Kohila_vallavalitsus, lk 7
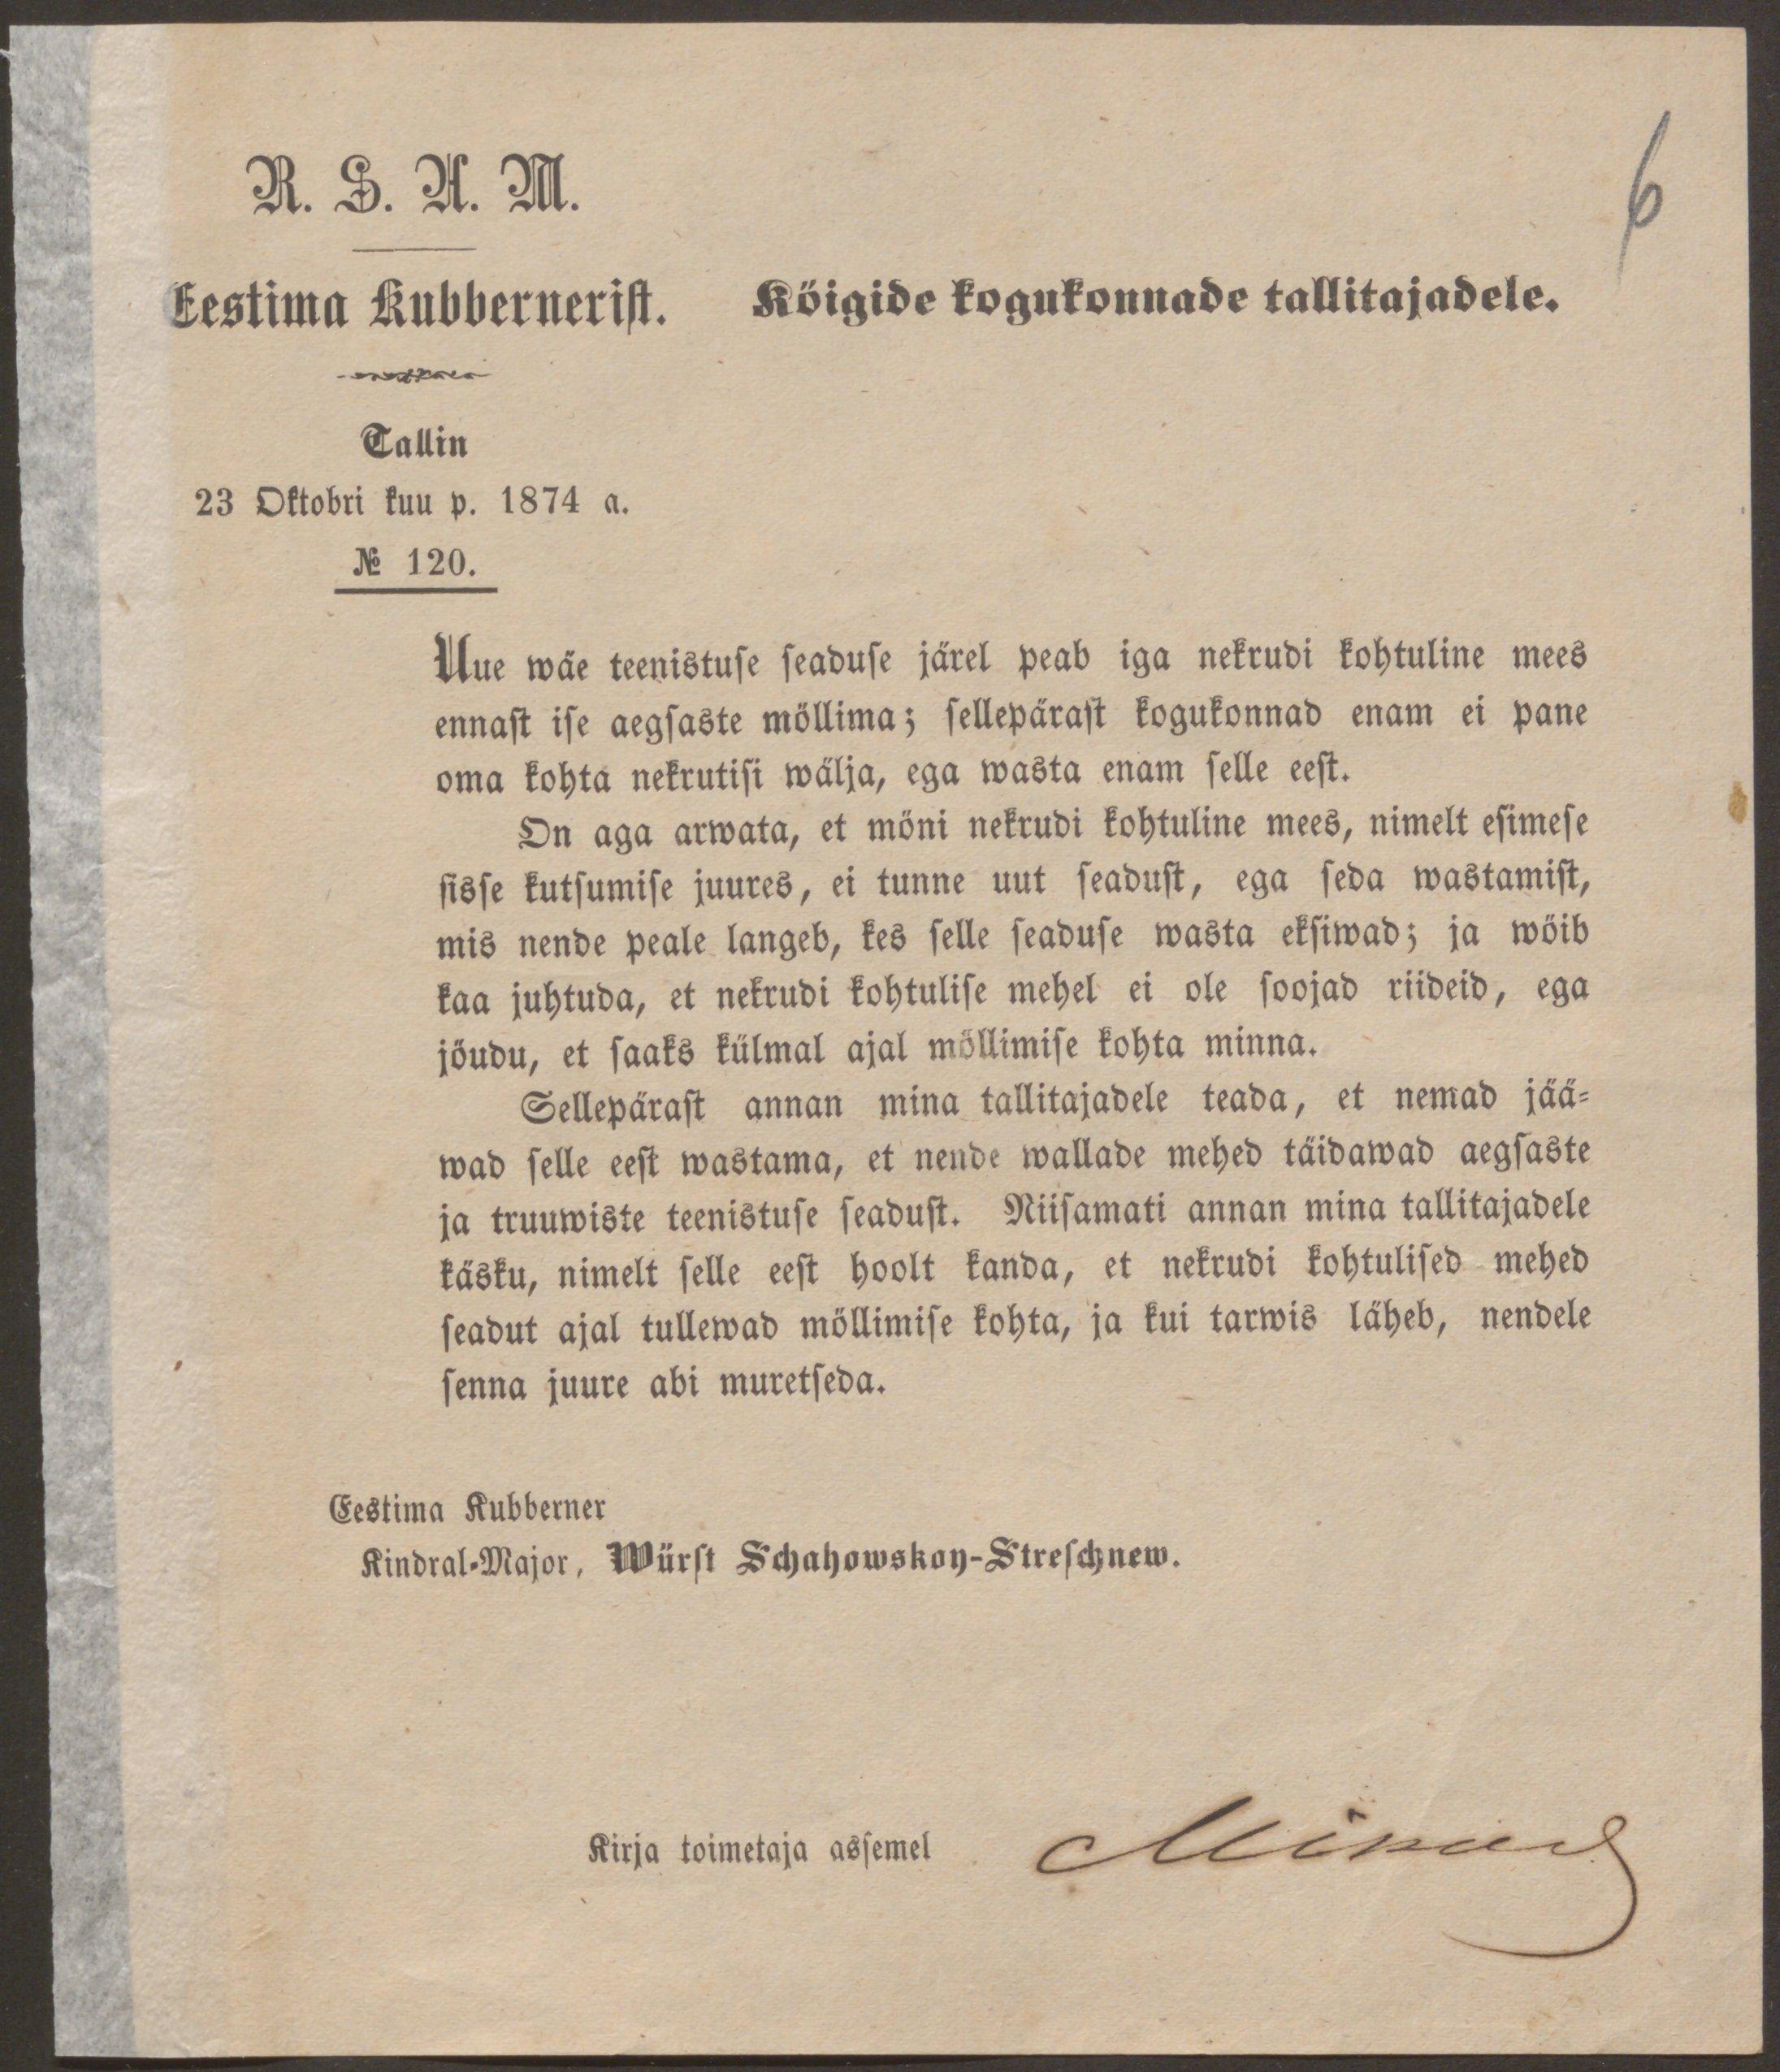
6

R. S. H. M.
Eestima Kubbernerist.
Köigide kogukonnade tallitajadele.
Tallin
23 Oktobri kuu p. 1874 a.
N 120.
Uue wäe teenistuse seaduse järel peab iga nekrudi kohtuline mees
ennast ise aegsaste möllima; sellepärast kogukonnad enam ei pane
oma kohta nekrutisi wälja, ega wasta enam selle eest.
On aga arwata, et möni nekrudi kohtuline mees, nimelt esimese
sisse kutsumise juures, ei tunne uut seadust, ega seda wastamist,
mis nende peale langeb, kes selle seaduse wasta eksiwad; ja wöib
kaa juhtuda, et nekrudi kohtulise mehel ei ole soojad riideid, ega
jöudu, et saaks külmal ajal möllimise kohta minna.
Sellepärast annan mina tallitajadele teada, et nemad jää-
wad selle eest wastama, et nende wallade mehed täidawad aegsaste
ja truuwiste teenistuse seadust. Niisamati annan mina tallitajadele
käsku, nimelt selle eest hoolt kanda, et nekrudi kohtulised mehed
seadut ajal tullewad möllimise kohta, ja kui tarwis läheb, nendele
senna juure abi muretseda.
Eestima Kubberner
Kindral-Major, Würst Schahowskoy-Streschnew.

Mikud

Kirja toimetaja assemel